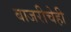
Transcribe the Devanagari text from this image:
बाजरीचेही